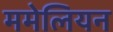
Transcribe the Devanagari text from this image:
ममेलियन